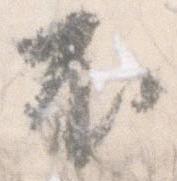
不